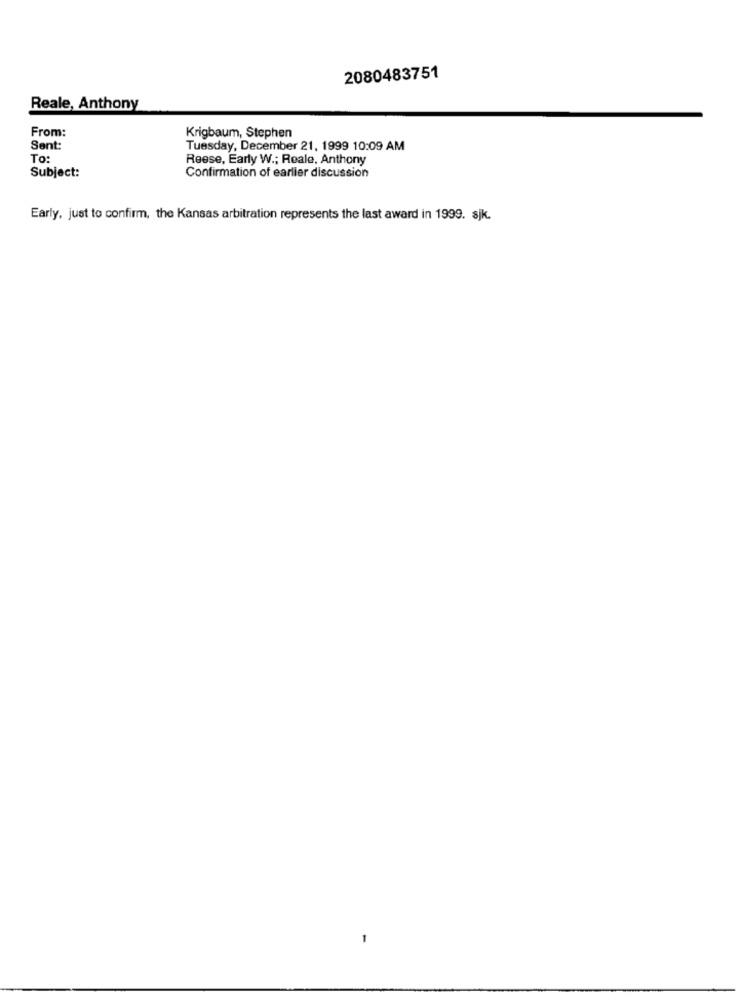
2080483751
Reale, Anthony
From:
Krigbaum, Stephen
Sent:
Tuesday, December 21, 1999 10:09 AM
To:
Reese, Early W .; Reale, Anthony
Subject:
Confirmation of earlier discussion
Early, just to confirm, the Kansas arbitration represents the last award in 1999. sjk.